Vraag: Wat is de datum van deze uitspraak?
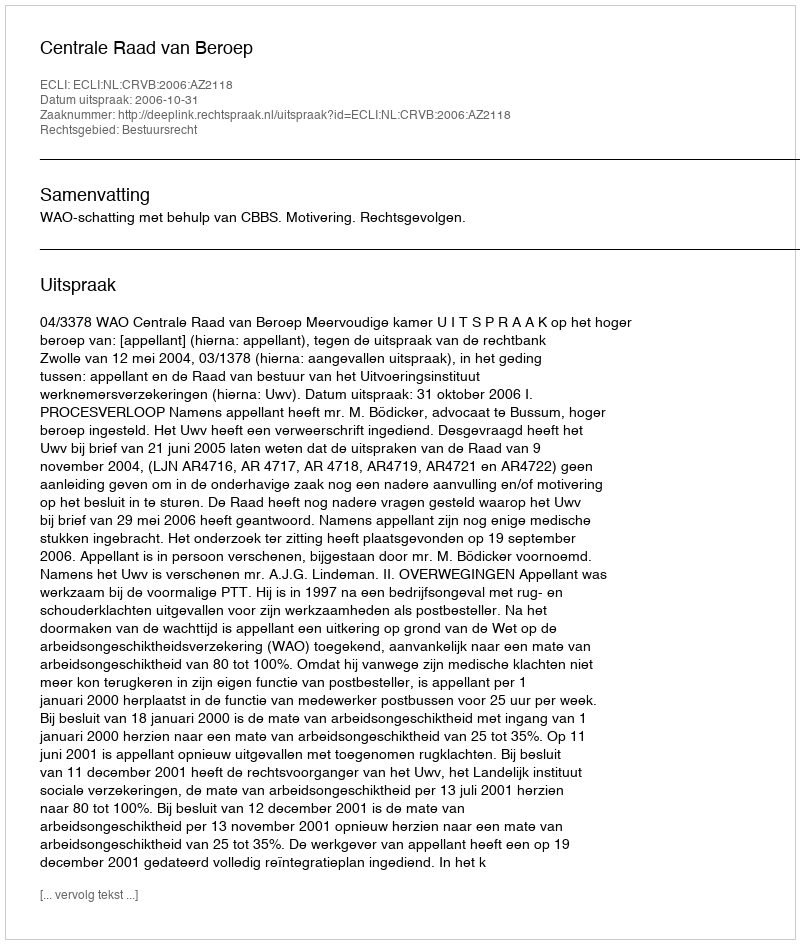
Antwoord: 2006-10-31